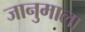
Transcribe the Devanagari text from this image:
जानुमाला